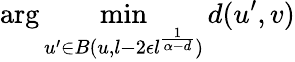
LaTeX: \arg\operatorname*{min}_{u^{\prime}\in B(u,l-2\epsilon l^{\frac{1}{\alpha-d}})}d(u^{\prime},v)